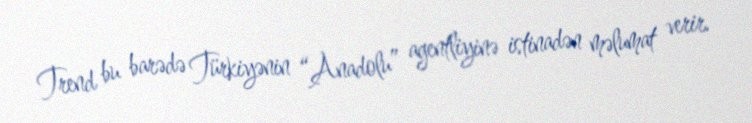
Trend bu barədə Türkiyənin “Anadolu” agentliyinə istinadən məlumat verir.